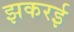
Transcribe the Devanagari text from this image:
झकरई